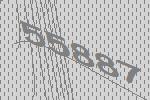
55887